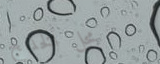
محل الخليج